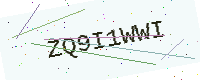
Text: ZQ9I1WWI